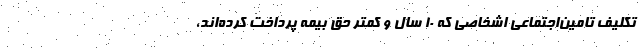
تکلیف تامین‌اجتماعی اشخاصی که ۱۰ سال و کمتر حق بیمه پرداخت کرده‌اند،